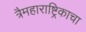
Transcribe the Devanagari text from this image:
त्रैमहाराष्ट्रिकाचा